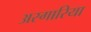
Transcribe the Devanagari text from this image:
अस्गारिया